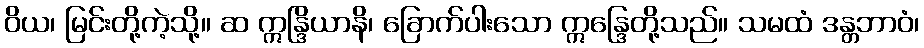
ဝိယ၊ မြင်းတို့ကဲ့သို့။ ဆ ဣန္ဒြိယာနိ၊ ခြောက်ပါးသော ဣန္ဒြေတို့သည်။ သမထံ ဒန္တဘာဝံ၊